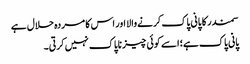
سمندر کا پانی پاک کرنےوالا اور اس کا مردہ حلال ہے
پانی پاک ہے؛ اسے کوئی چیز ناپاک نہیں کرتی۔